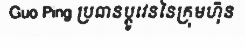
Guo Ping ប្រធានប្តូវេននៃក្រុមហ៊ុន